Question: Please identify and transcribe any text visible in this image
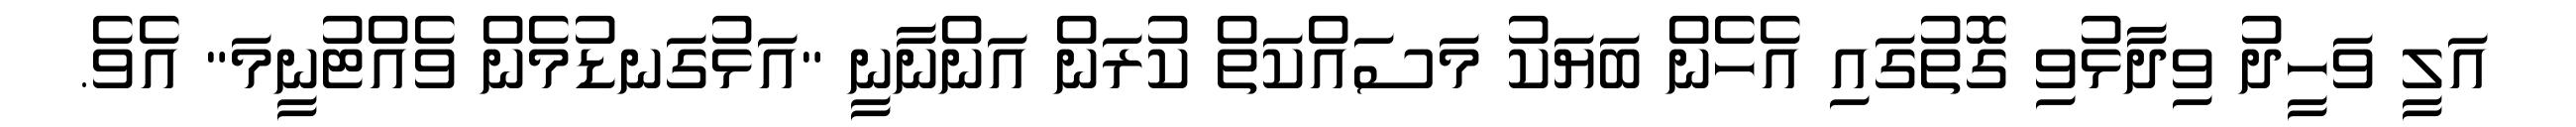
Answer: އަލީ ވަހީދު ވިދާޅުވި ގޮތުގައި އެހެން ބަޔަކު މަސައްކަތް ކުރަން އަންނާނީ "އަޅުގަނޑުމެން ވެއްޓުނީމަ" އެވެ.